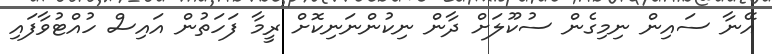
އޭނާ ސައިން ނިމިގެން ސުކޫލަށް ދާން ނިކުންނަނިކޮށް ރީމާ ފަހަތުން އައިސް ހުއްޓުވާފައި